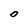
Character: O